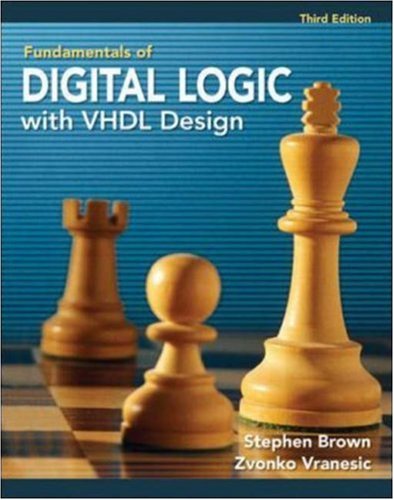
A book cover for Fundamentals of Digital Logic with VHDL Design with CD-ROM; Stephen Brown; Computers & Technology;